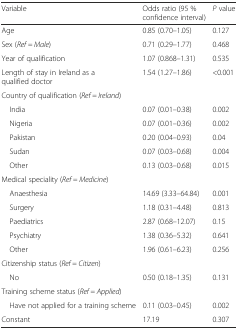
<table><thead><tr><td><b>Variable</b></td><td><b>Odds ratio (95 % confidence interval)</b></td><td><b><i>P</i> value</b></td></tr></thead><tbody><tr><td>Age</td><td>0.85 (0.70–1.05)</td><td>0.127</td></tr><tr><td>Sex (<i>Ref = Male</i>)</td><td>0.71 (0.29–1.77)</td><td>0.468</td></tr><tr><td>Year of qualification</td><td>1.07 (0.868–1.31)</td><td>0.535</td></tr><tr><td>Length of stay in Ireland as a qualified doctor</td><td>1.54 (1.27–1.86)</td><td>&lt;0.001</td></tr><tr><td>Country of qualification (<i>Ref = Ireland</i>)</td><td></td><td></td></tr><tr><td> India</td><td>0.07 (0.01–0.38)</td><td>0.002</td></tr><tr><td> Nigeria</td><td>0.07 (0.01–0.36)</td><td>0.002</td></tr><tr><td> Pakistan</td><td>0.20 (0.04–0.93)</td><td>0.04</td></tr><tr><td> Sudan</td><td>0.07 (0.03–0.68)</td><td>0.004</td></tr><tr><td> Other</td><td>0.13 (0.03–0.68)</td><td>0.015</td></tr><tr><td>Medical speciality (<i>Ref = Medicine</i>)</td><td></td><td></td></tr><tr><td> Anaesthesia</td><td>14.69 (3.33–64.84)</td><td>0.001</td></tr><tr><td> Surgery</td><td>1.18 (0.31–4.48)</td><td>0.813</td></tr><tr><td> Paediatrics</td><td>2.87 (0.68–12.07)</td><td>0.15</td></tr><tr><td> Psychiatry</td><td>1.38 (0.36–5.32)</td><td>0.641</td></tr><tr><td> Other</td><td>1.96 (0.61–6.23)</td><td>0.256</td></tr><tr><td>Citizenship status (<i>Ref = Citizen</i>)</td><td></td><td></td></tr><tr><td> No</td><td>0.50 (0.18–1.35)</td><td>0.131</td></tr><tr><td>Training scheme status (<i>Ref = Applied</i>)</td><td></td><td></td></tr><tr><td> Have not applied for a training scheme</td><td>0.11 (0.03–0.45)</td><td>0.002</td></tr><tr><td>Constant</td><td>17.19</td><td>0.307</td></tr></tbody></table>